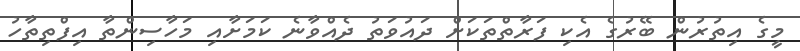
މީގެ އިތުރުން ބޭރުގެ އެކި ފަރާތްތަކަށް ދައުވަތު ދެއްވާނެ ކަމަށާއި މަހާސިންތާ އިފްތިތާހު